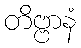
တိဗ္ဗာနံ